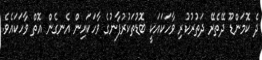
ދެ ކޮމަންޑޫ ދޭތެރޭ ދަތުރުކުރި ވާހަކައަކީ ބޮޑުތަކުރުފާނުގެ ވާހަކައިން އެނގެން އޮތް ވާހަކައެވެ.